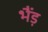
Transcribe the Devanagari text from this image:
भैंड़